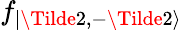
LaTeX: f_{|\Tilde{2},-\Tilde{2}\rangle}